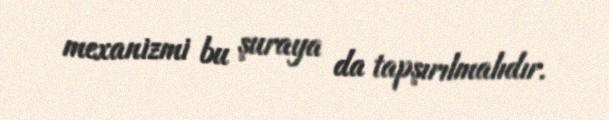
mexanizmi bu şuraya da tapşırılmalıdır.